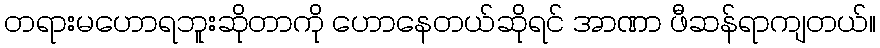
တရားမဟောရဘူးဆိုတာကို ဟောနေတယ်ဆိုရင် အာဏာ ဖီဆန်ရာကျတယ်။